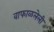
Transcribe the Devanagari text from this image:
वाफाळलेली